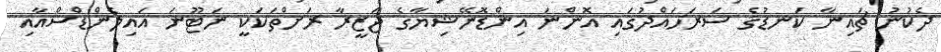
ދެކުނު ޗައިނާ ކަނޑުގެ ސަރަހައްދުގައި އޮންނަ އިންޑޮނޭޝިޔާގެ ޖަޒީރާ ރަށްތަކަކީ ނަޓޫނަ އައިލެންޑްސްއާއި